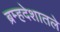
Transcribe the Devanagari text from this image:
ब्रम्हदेशातले